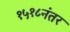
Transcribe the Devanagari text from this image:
१५१८नंतर